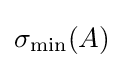
\sigma _{\text{min}}(A)